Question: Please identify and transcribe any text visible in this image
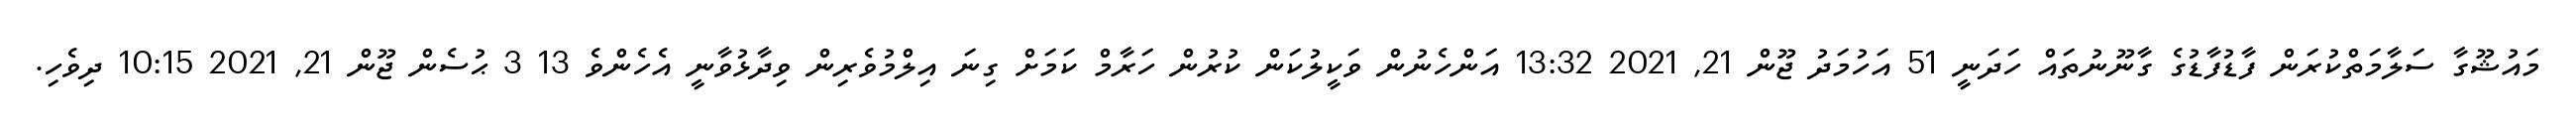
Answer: މައުޝޫގާ ސަލާމަތްކުރަން ފާޑުފާޑުގެ ގާނޫނުތައް ހަދަނީ 51 އަހުމަދު ޖޫން 21, 2021 13:32 އަންހެނުން ވަކީލުކަން ކުރުން ހަރާމް ކަމަށް ގިނަ އިލްމުވެރިން ވިދާޅުވާނީ އެހެންވެ 13 3 ޙުސެން ޖޫން 21, 2021 10:15 ދިވެހި.